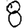
Digit: 8